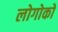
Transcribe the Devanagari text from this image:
लोगोको